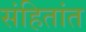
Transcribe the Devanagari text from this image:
संहितांत